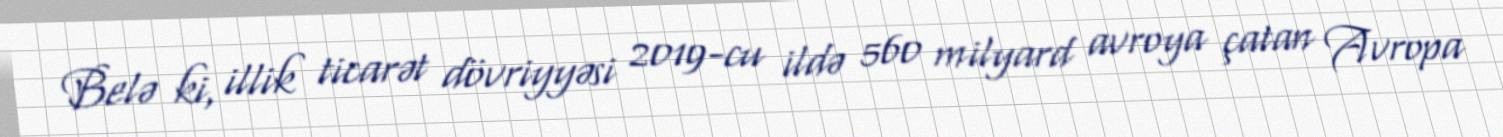
Belə ki, illik ticarət dövriyyəsi 2019-cu ildə 560 milyard avroya çatan Avropa